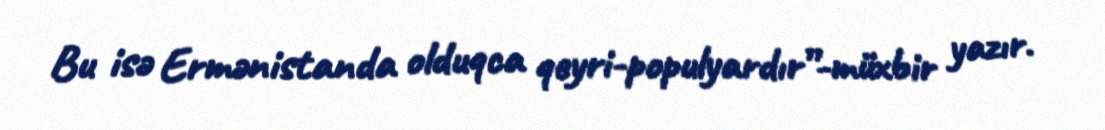
Bu isə Ermənistanda olduqca qeyri-populyardır”-müxbir yazır.